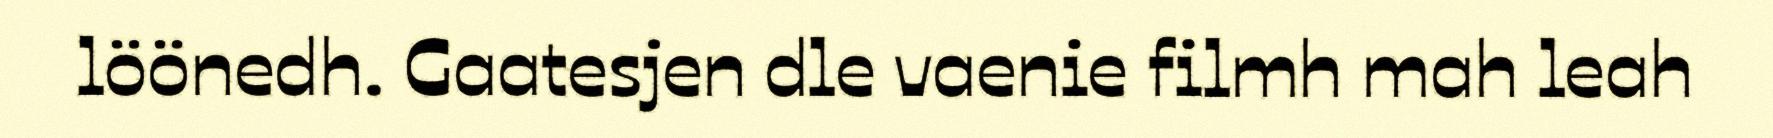
löönedh. Gaatesjen dle vaenie filmh mah leah